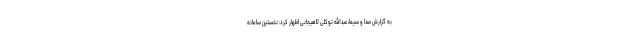
به گزارش صدا و سیما، عبدالله توکلی لاهیجانی اظهار کرد: نخستین سامانه